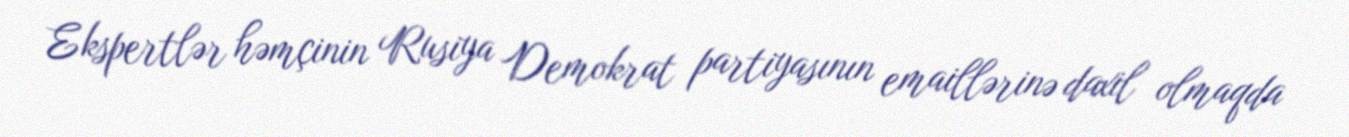
Ekspertlər həmçinin Rusiya Demokrat partiyasının emaillərinə daxil olmaqda